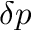
\delta p